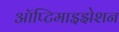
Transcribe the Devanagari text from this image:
ऑप्टिमाइझेशन